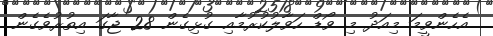
އެހެންވީމަ މިއަދު މި ވޯޑް ހަވާލުކުރުމާއި ގުޅިގެން 28 ޖާގަ އިތުރުވެގެން